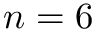
n = 6